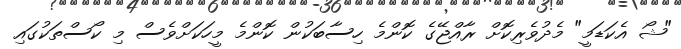
"ޝޯ އެކަޑަމީ" މެދުވެރިކޮށް ރާއްޖޭގެ ކޮންމެ ހިސާބަކުން ކޮންމެ މީހަކަށްވެސް މި ކޯސްތަކުގައި